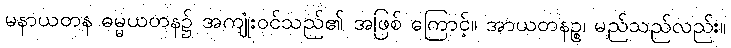
မနာယတန ဓမ္မယတန၌ အကျုံးဝင်သည်၏ အဖြစ် ကြောင့်။ အာယတနဉ္စ၊ မည်သည်လည်း။